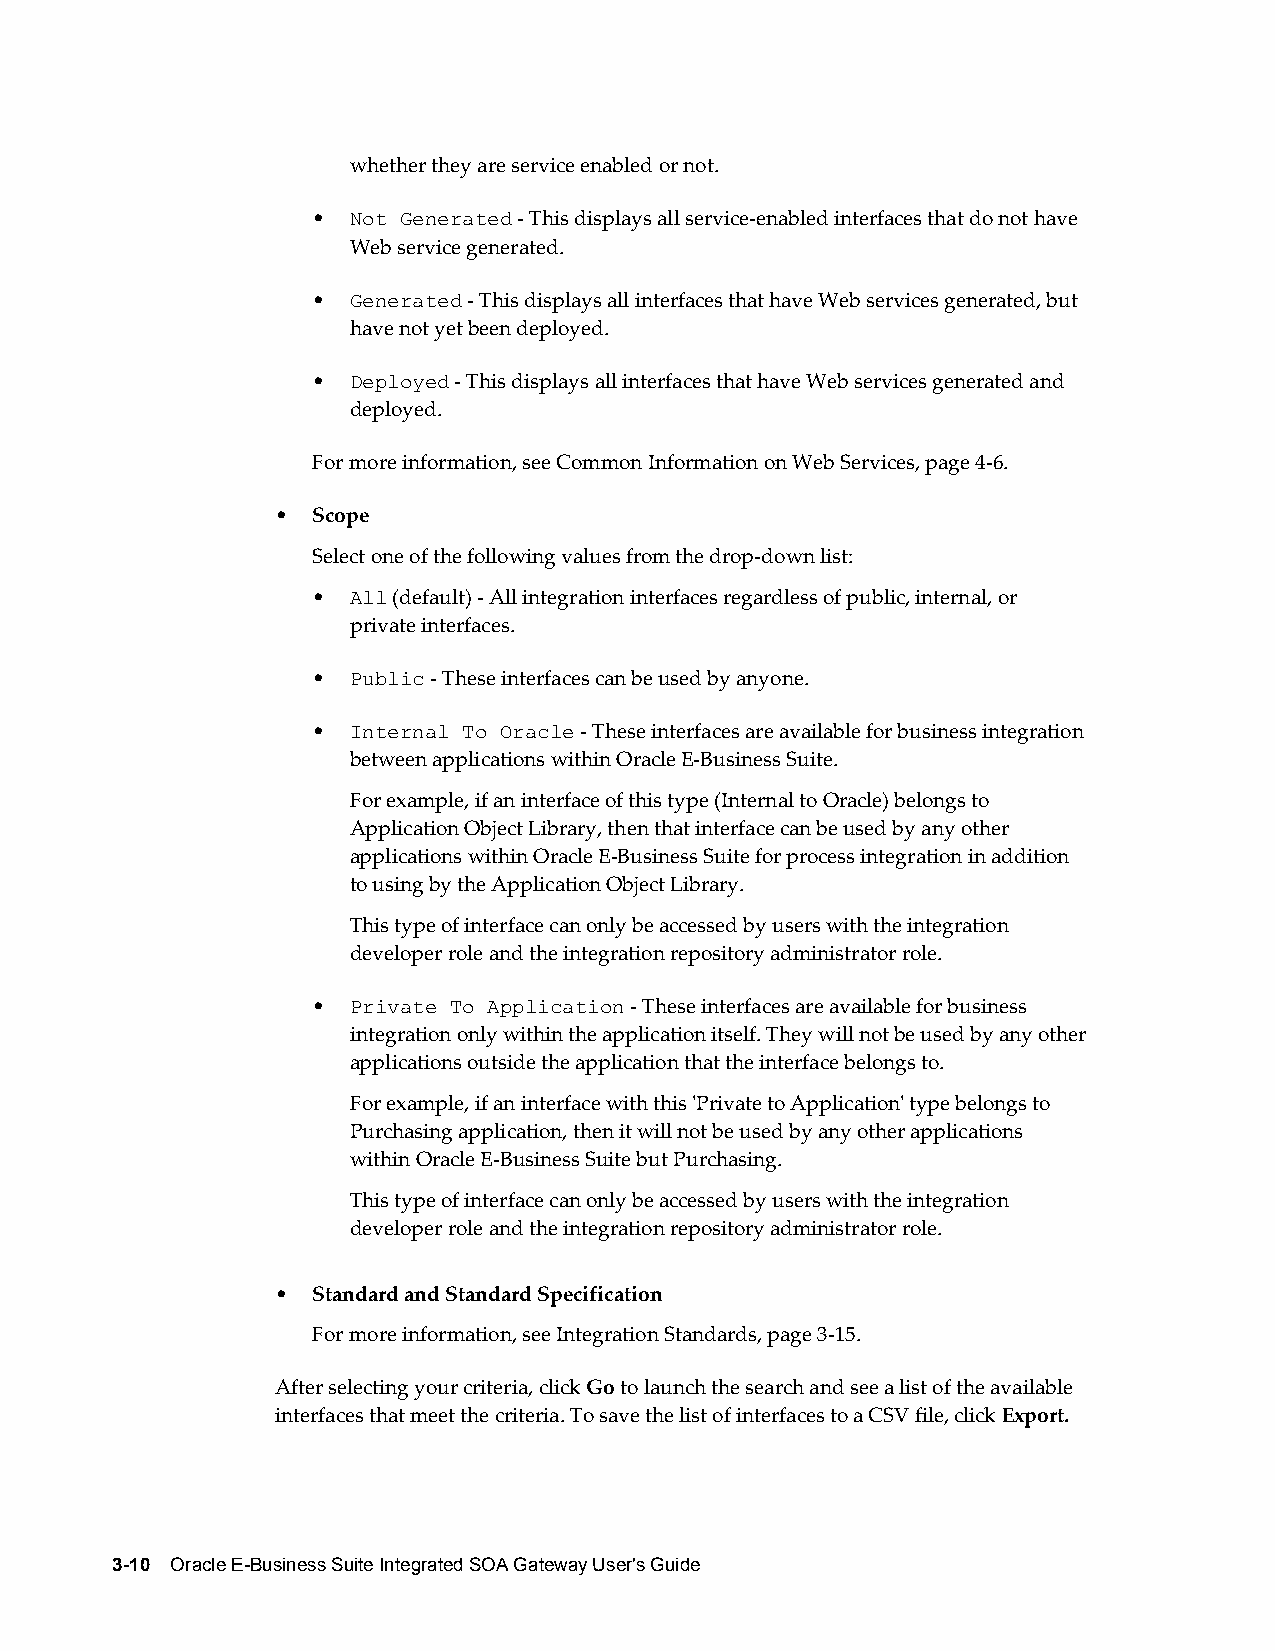
whether they are service enabled or not.
 • Not Generated - This displays all service-enabled interfaces that do not have
 Web service generated.
 • Generated - This displays all interfaces that have Web services generated, but
 have not yet been deployed.
 • Deployed - This displays all interfaces that have Web services generated and
 deployed.
 For more information, see Common Information on Web Services, page 4-6.
 •  Scope
 Select one of the following values from the drop-down list:
 • All (default) - All integration interfaces regardless of public, internal, or
 private interfaces.
 • Public - These interfaces can be used by anyone.
 • Internal To Oracle - These interfaces are available for business integration
 between applications within Oracle E-Business Suite.
 For example, if an interface of this type (Internal to Oracle) belongs to
 Application Object Library, then that interface can be used by any other
 applications within Oracle E-Business Suite for process integration in addition
 to using by the Application Object Library.
 This type of interface can only be accessed by users with the integration
 developer role and the integration repository administrator role.
 • Private To Application - These interfaces are available for business
 integration only within the application itself. They will not be used by any other
 applications outside the application that the interface belongs to.
 For example, if an interface with this 'Private to Application' type belongs to
 Purchasing application, then it will not be used by any other applications
 within Oracle E-Business Suite but Purchasing.
 This type of interface can only be accessed by users with the integration
 developer role and the integration repository administrator role.
 •  Standard and Standard Specification
 For more information, see Integration Standards, page 3-15.
 After selecting your criteria, click Go to launch the search and see a list of the available
 interfaces that meet the criteria. To save the list of interfaces to a CSV file, click Export.
 3-10 Oracle E-Business Suite Integrated SOA Gateway User's Guide